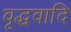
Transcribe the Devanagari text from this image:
वृद्धवादि